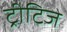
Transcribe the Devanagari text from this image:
ट्रीटिज